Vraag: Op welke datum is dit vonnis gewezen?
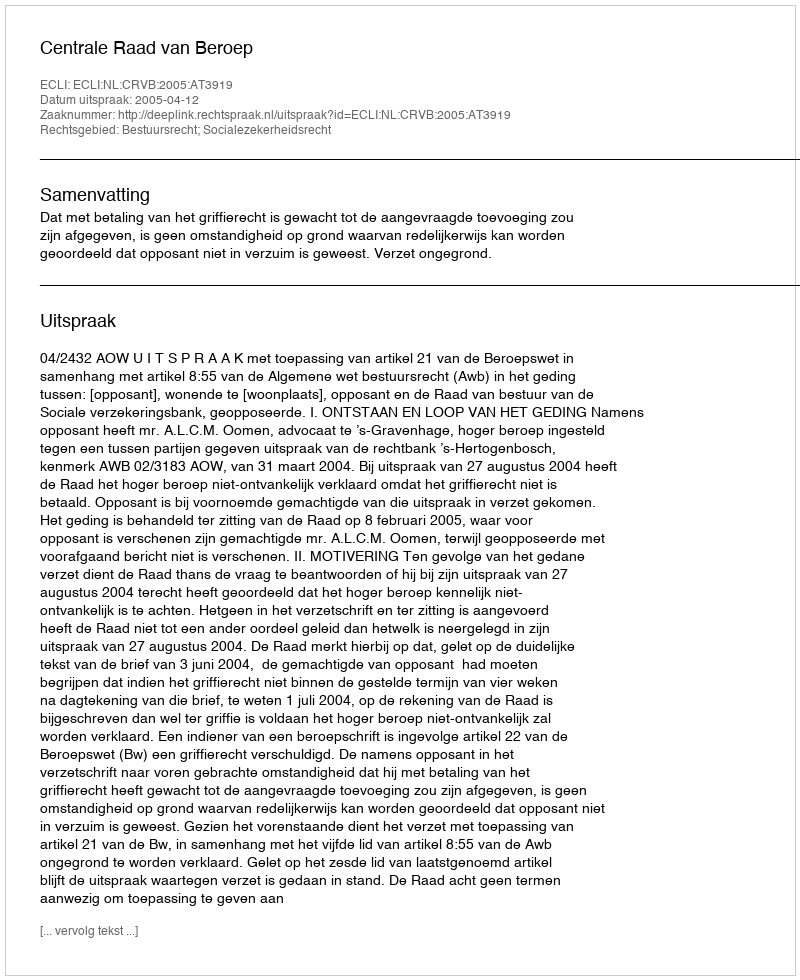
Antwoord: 2005-04-12